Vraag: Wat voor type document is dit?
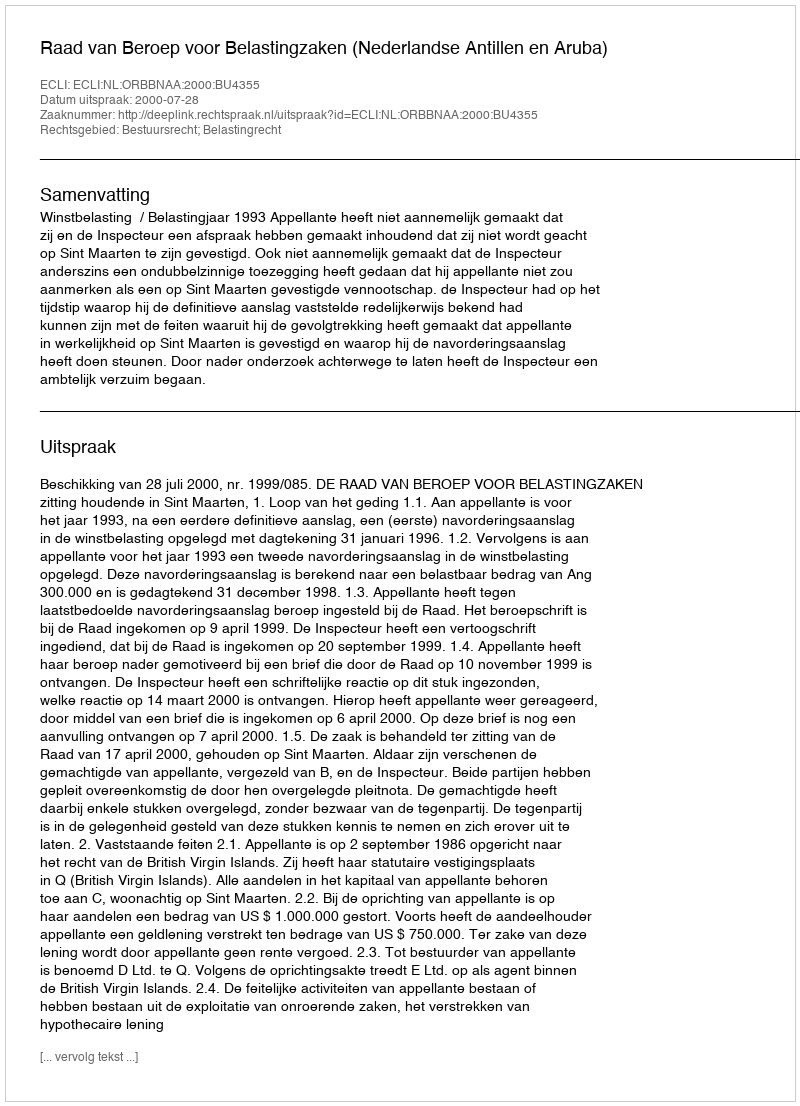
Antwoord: Uitspraak